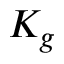
K _ { g }